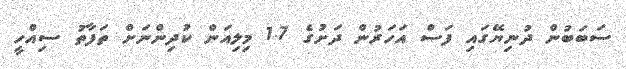
ސަބަބުން ދުނިޔޭގައި ފަސް އަހަރުން ދަށުގެ 1.7 މިލިއަން ކުދިންނަށް ތަފާތު ސިއްހީ